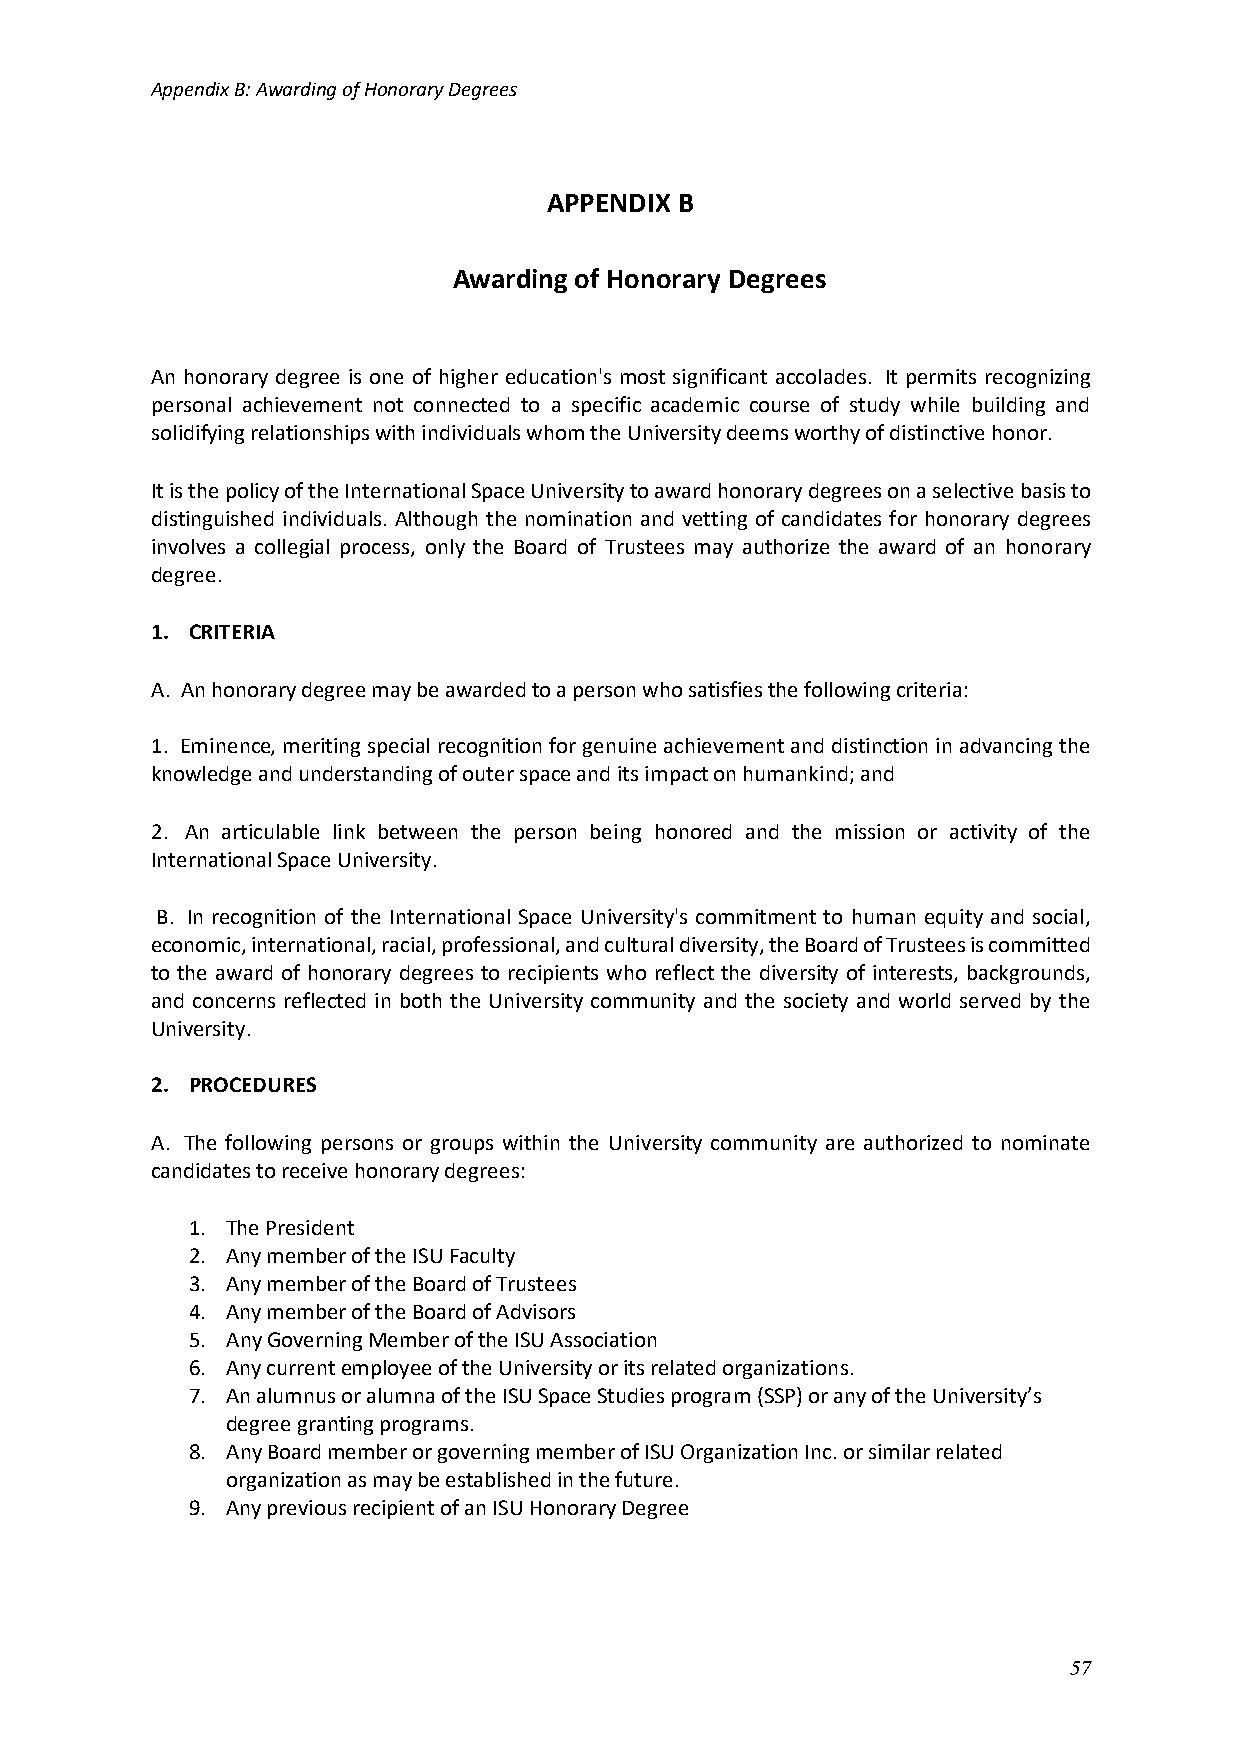
Appendix B: Awarding of Honorary Degrees
 APPENDIX B
 Awarding of Honorary Degrees
 An honorary degree is one of higher education's most significant accolades. It permits recognizing
 personal achievement not connected to a specific academic course of study while building and
 solidifying relationships with individuals whom the University deems worthy of distinctive honor.
 It is the policy of the International Space University to award honorary degrees on a selective basis to
 distinguished individuals. Although the nomination and vetting of candidates for honorary degrees
 involves a collegial process, only the Board of Trustees may authorize the award of an honorary
 degree.
 1. CRITERIA
 A. An honorary degree may be awarded to a person who satisfies the following criteria:
 1. Eminence, meriting special recognition for genuine achievement and distinction in advancing the
 knowledge and understanding of outer space and its impact on humankind; and
 2. An articulable link between the person being honored and the mission or activity of the
 International Space University.
 B. In recognition of the International Space University's commitment to human equity and social,
 economic, international, racial, professional, and cultural diversity, the Board of Trustees is committed
 to the award of honorary degrees to recipients who reflect the diversity of interests, backgrounds,
 and concerns reflected in both the University community and the society and world served by the
 University.
 2. PROCEDURES
 A. The following persons or groups within the University community are authorized to nominate
 candidates to receive honorary degrees:
 1. The President
 2. Any member of the ISU Faculty
 3. Any member of the Board of Trustees
 4. Any member of the Board of Advisors
 5. Any Governing Member of the ISU Association
 6. Any current employee of the University or its related organizations.
 7. An alumnus or alumna of the ISU Space Studies program (SSP) or any of the University’s
 degree granting programs.
 8. Any Board member or governing member of ISU Organization Inc. or similar related
 organization as may be established in the future.
 9. Any previous recipient of an ISU Honorary Degree
 57